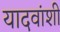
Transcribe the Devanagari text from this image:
यादवांशी